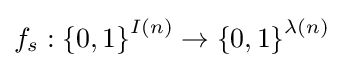
f_{s}:\left\{0,1\right\}^{I(n)}\rightarrow \left\{0,1\right\}^{\lambda (n)}